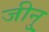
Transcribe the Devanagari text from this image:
जीनु